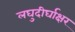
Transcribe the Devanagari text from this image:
लघुदीर्घाक्षर